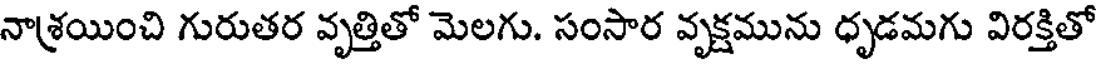
నాశ్రయించి గురుతర వృత్తితో మెలగు. సంసార వృక్షమును ధృడమగు విరక్తితో